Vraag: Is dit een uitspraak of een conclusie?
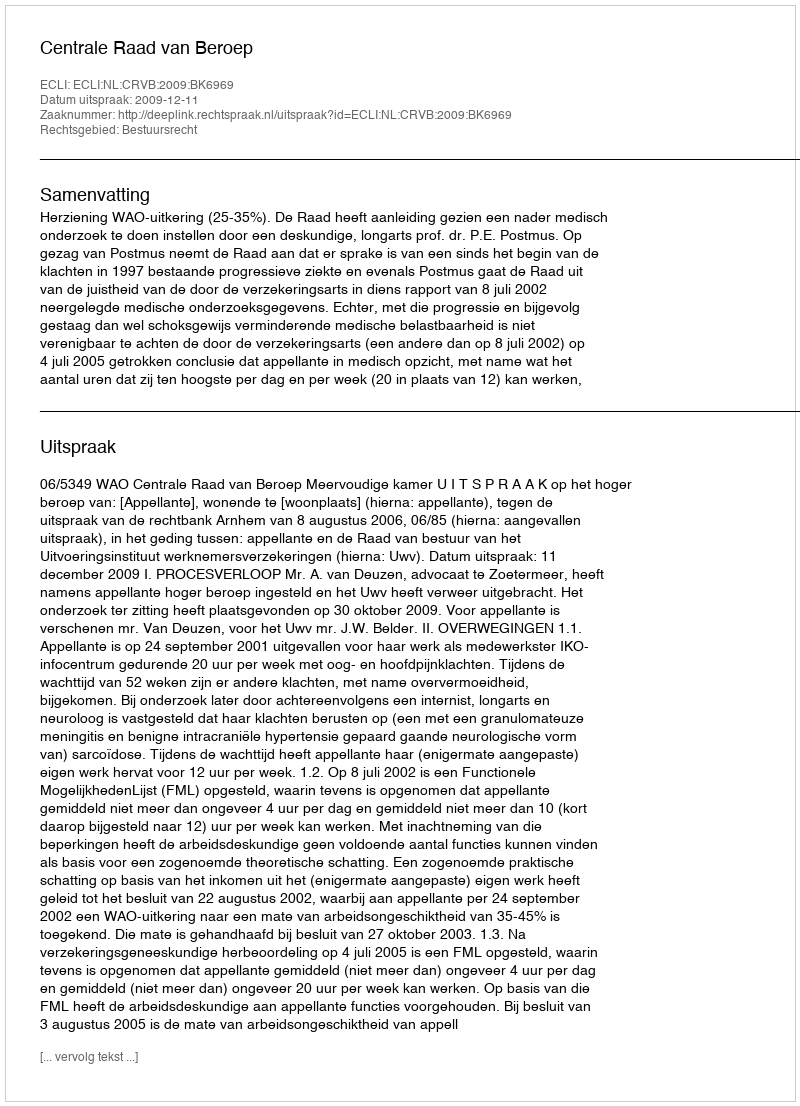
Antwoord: Uitspraak